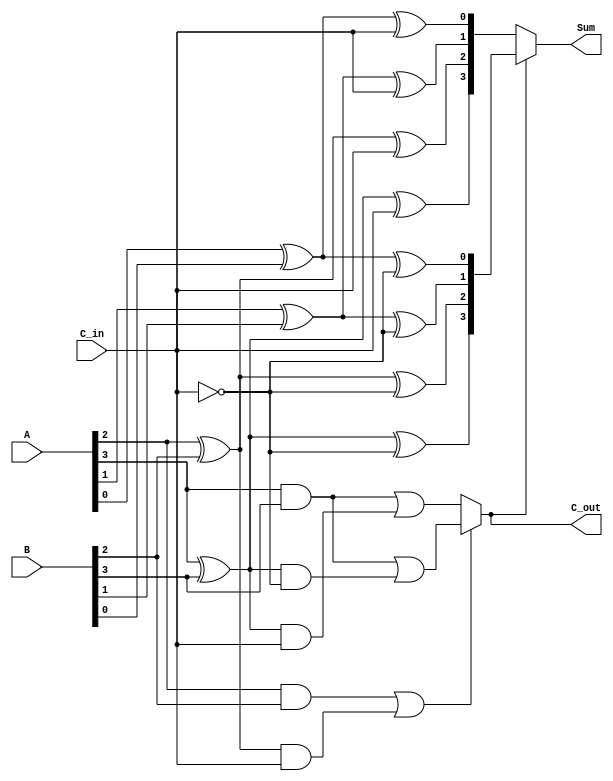
module conditional_sum_adder #(
    parameter WIDTH = 4
)(
    input  wire [WIDTH-1:0] A,        // First operand
    input  wire [WIDTH-1:0] B,        // Second operand
    input  wire C_in,                  // Carry-in
    output wire [WIDTH-1:0] Sum,       // Sum output
    output wire C_out                  // Carry-out
);

    // Internal wires for sum and carry generation
    wire [WIDTH-1:0] S0;               // Sums if carry-in is 0
    wire [WIDTH-1:0] S1;               // Sums if carry-in is 1
    wire [WIDTH-1:0] C_out_0;          // Carry-outs if carry-in is 0
    wire [WIDTH-1:0] C_out_1;          // Carry-outs if carry-in is 1
    wire [WIDTH-1:0] carry;             // Intermediate carry signals

    // Generate sums and carries for each bit
    genvar i;
    generate
        for (i = 0; i < WIDTH; i = i + 1) begin : CSA_BIT
            // Sum for carry-in = 0
            assign S0[i] = A[i] ^ B[i] ^ C_in;
            // Sum for carry-in = 1
            assign S1[i] = A[i] ^ B[i] ^ ~C_in;

            // Carry-out for carry-in = 0
            assign C_out_0[i] = (A[i] & B[i]) | ((A[i] ^ B[i]) & C_in);
            // Carry-out for carry-in = 1
            assign C_out_1[i] = (A[i] & B[i]) | ((A[i] ^ B[i]) & ~C_in);
        end
    endgenerate

    // Carry propagation logic
    assign carry[0] = C_in;

    generate
        for (i = 1; i < WIDTH; i = i + 1) begin : CARRY_PROPAGATION
            assign carry[i] = C_out_0[i-1] ? C_out_1[i] : C_out_0[i];
        end
    endgenerate

    // Final sum selection based on the last carry
    assign Sum = carry[WIDTH-1] ? S1 : S0;

    // Final carry-out
    assign C_out = carry[WIDTH-1];

endmodule